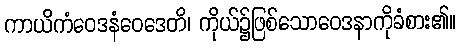
ကာယိကံဝေဒနံဝေဒေတိ၊ ကိုယ်၌ဖြစ်သောဝေဒနာကိုခံစား၏။